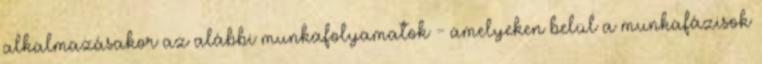
alkalmazásakor az alábbi munkafolyamatok - amelyeken belül a munkafázisok